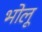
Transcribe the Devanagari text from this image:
भोलू